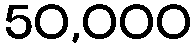
50,000